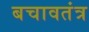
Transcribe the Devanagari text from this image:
बचावतंत्र